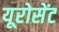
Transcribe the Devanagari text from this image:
यूरोसेंट